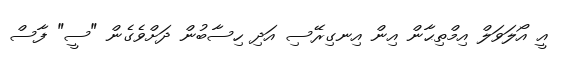
އީ އޯލަވަލް އިމްތިޙާން އިން އިނގިރޭސި އަދި ހިސާބުން ދަށްވެގެން "ސީ" ފާސް